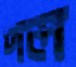
দল